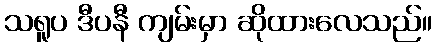
သရူပ ဒီပနီ ကျမ်းမှာ ဆိုထားလေသည်။